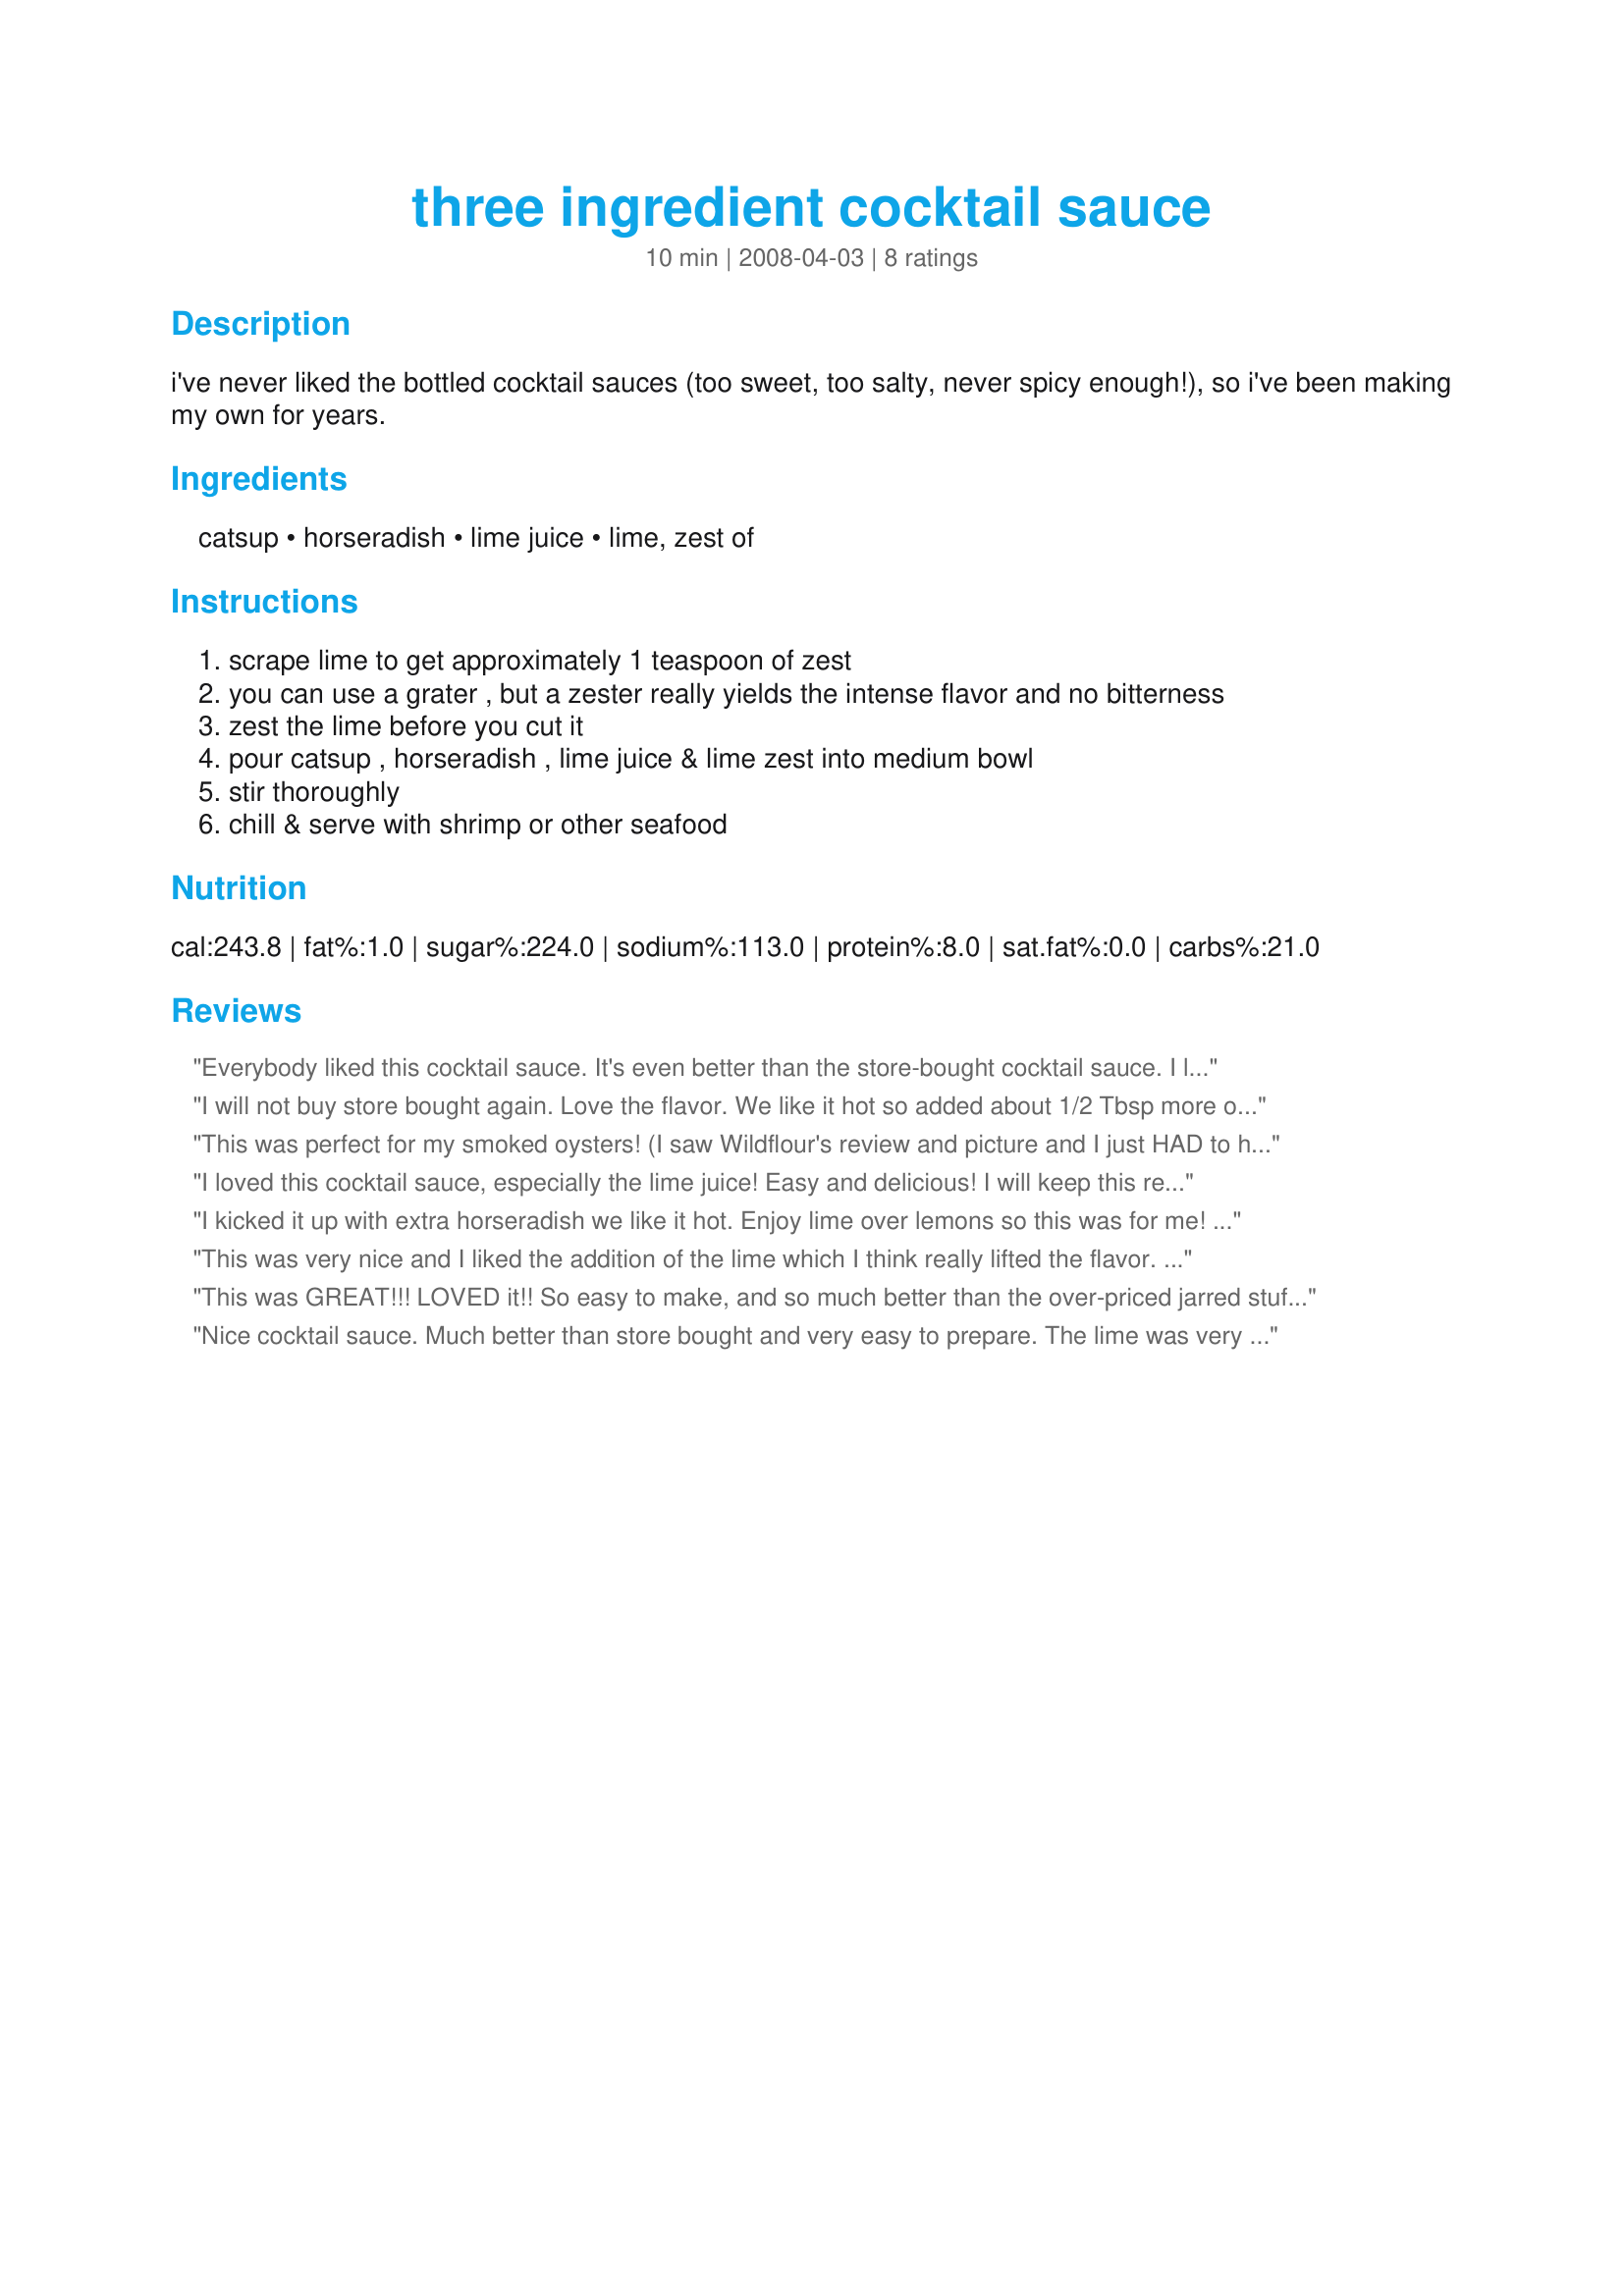
three ingredient cocktail sauce
Preparation time: 10 minutes

i've never liked the bottled cocktail sauces (too sweet, too salty, never spicy enough!), so i've been making my own for years.

Ingredients:
catsup, horseradish, lime juice, lime, zest of

Steps:
scrape lime to get approximately 1 teaspoon of zest
you can use a grater , but a zester really yields the intense flavor and no bitterness
zest the lime before you cut it
pour catsup , horseradish , lime juice & lime zest into medium bowl
stir thoroughly
chill & serve with shrimp or other seafood

Reviews:
Everybody liked this cocktail sauce. It's even better than the store-bought cocktail sauce. I like the taste of the lime in it. Thanks Diva. Made for the babes of ZWT4
I will not buy store bought again. Love the flavor. We like it hot so added about 1/2 Tbsp more of the horseradish. Thanks for a keeper! Made for ZWT 4.
This was perfect for my smoked oysters! (I saw Wildflour's review and picture and I just HAD to have some!)
Loved the spiciness and the lime was the perfect addition. Super quick and simple and I agree with others, WAY better than the store bought stuff in the bottle. ZWT4
I loved this cocktail sauce, especially the lime juice! Easy and delicious! I will keep this recipe handy! Reviewed for ZWT4
I kicked it up with extra horseradish we like it hot. Enjoy lime over lemons so this was for me! Thanks!
This was very nice and I liked the addition of the lime which I think really lifted the flavor. I cut the recipe in half because I was the only one that was going to be eating it and it worked fine. Made for the Zingo portion of ZWT4.
This was GREAT!!! LOVED it!! So easy to make, and so much better than the over-priced jarred stuff!! With the skyrocketing prices of groceries, recipes like this are SO helpful!! If you have more like this, please post them! I scaled down the recipe, too. Used just a 1/4 cup ketchup, 1 1/2 tsp. horseradish, and then just a 1/2 tsp. lime juice. Tasted PERFECT!! Thanks so much!! Made for the ZWT4
Nice cocktail sauce. Much better than store bought and very easy to prepare. The lime was very pronounced in this sauce--I might scale back a bit on the lime and increase the horseradish to make it a bit hotter. I agree with TLu, another 1/2 Tb would do the trick on the horseradish. Made for Zingo ZWT4.
